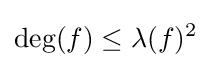
\deg(f)\leq \lambda (f)^{2}